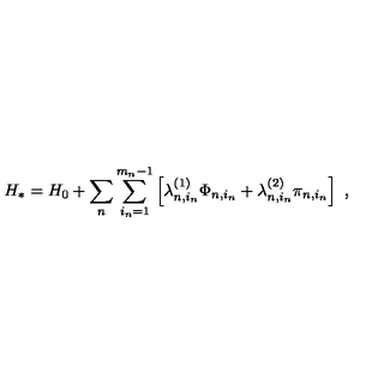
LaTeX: H _ { * } = H _ { 0 } + \sum _ { n } \sum _ { i _ { n } = 1 } ^ { m _ { n } - 1 } \left[ \lambda _ { n , i _ { n } } ^ { ( 1 ) } \Phi _ { n , i _ { n } } + \lambda _ { n , i _ { n } } ^ { ( 2 ) } \pi _ { n , i _ { n } } \right] \ ,